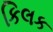
કિલક